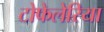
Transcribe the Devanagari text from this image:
टोफेलेरिया